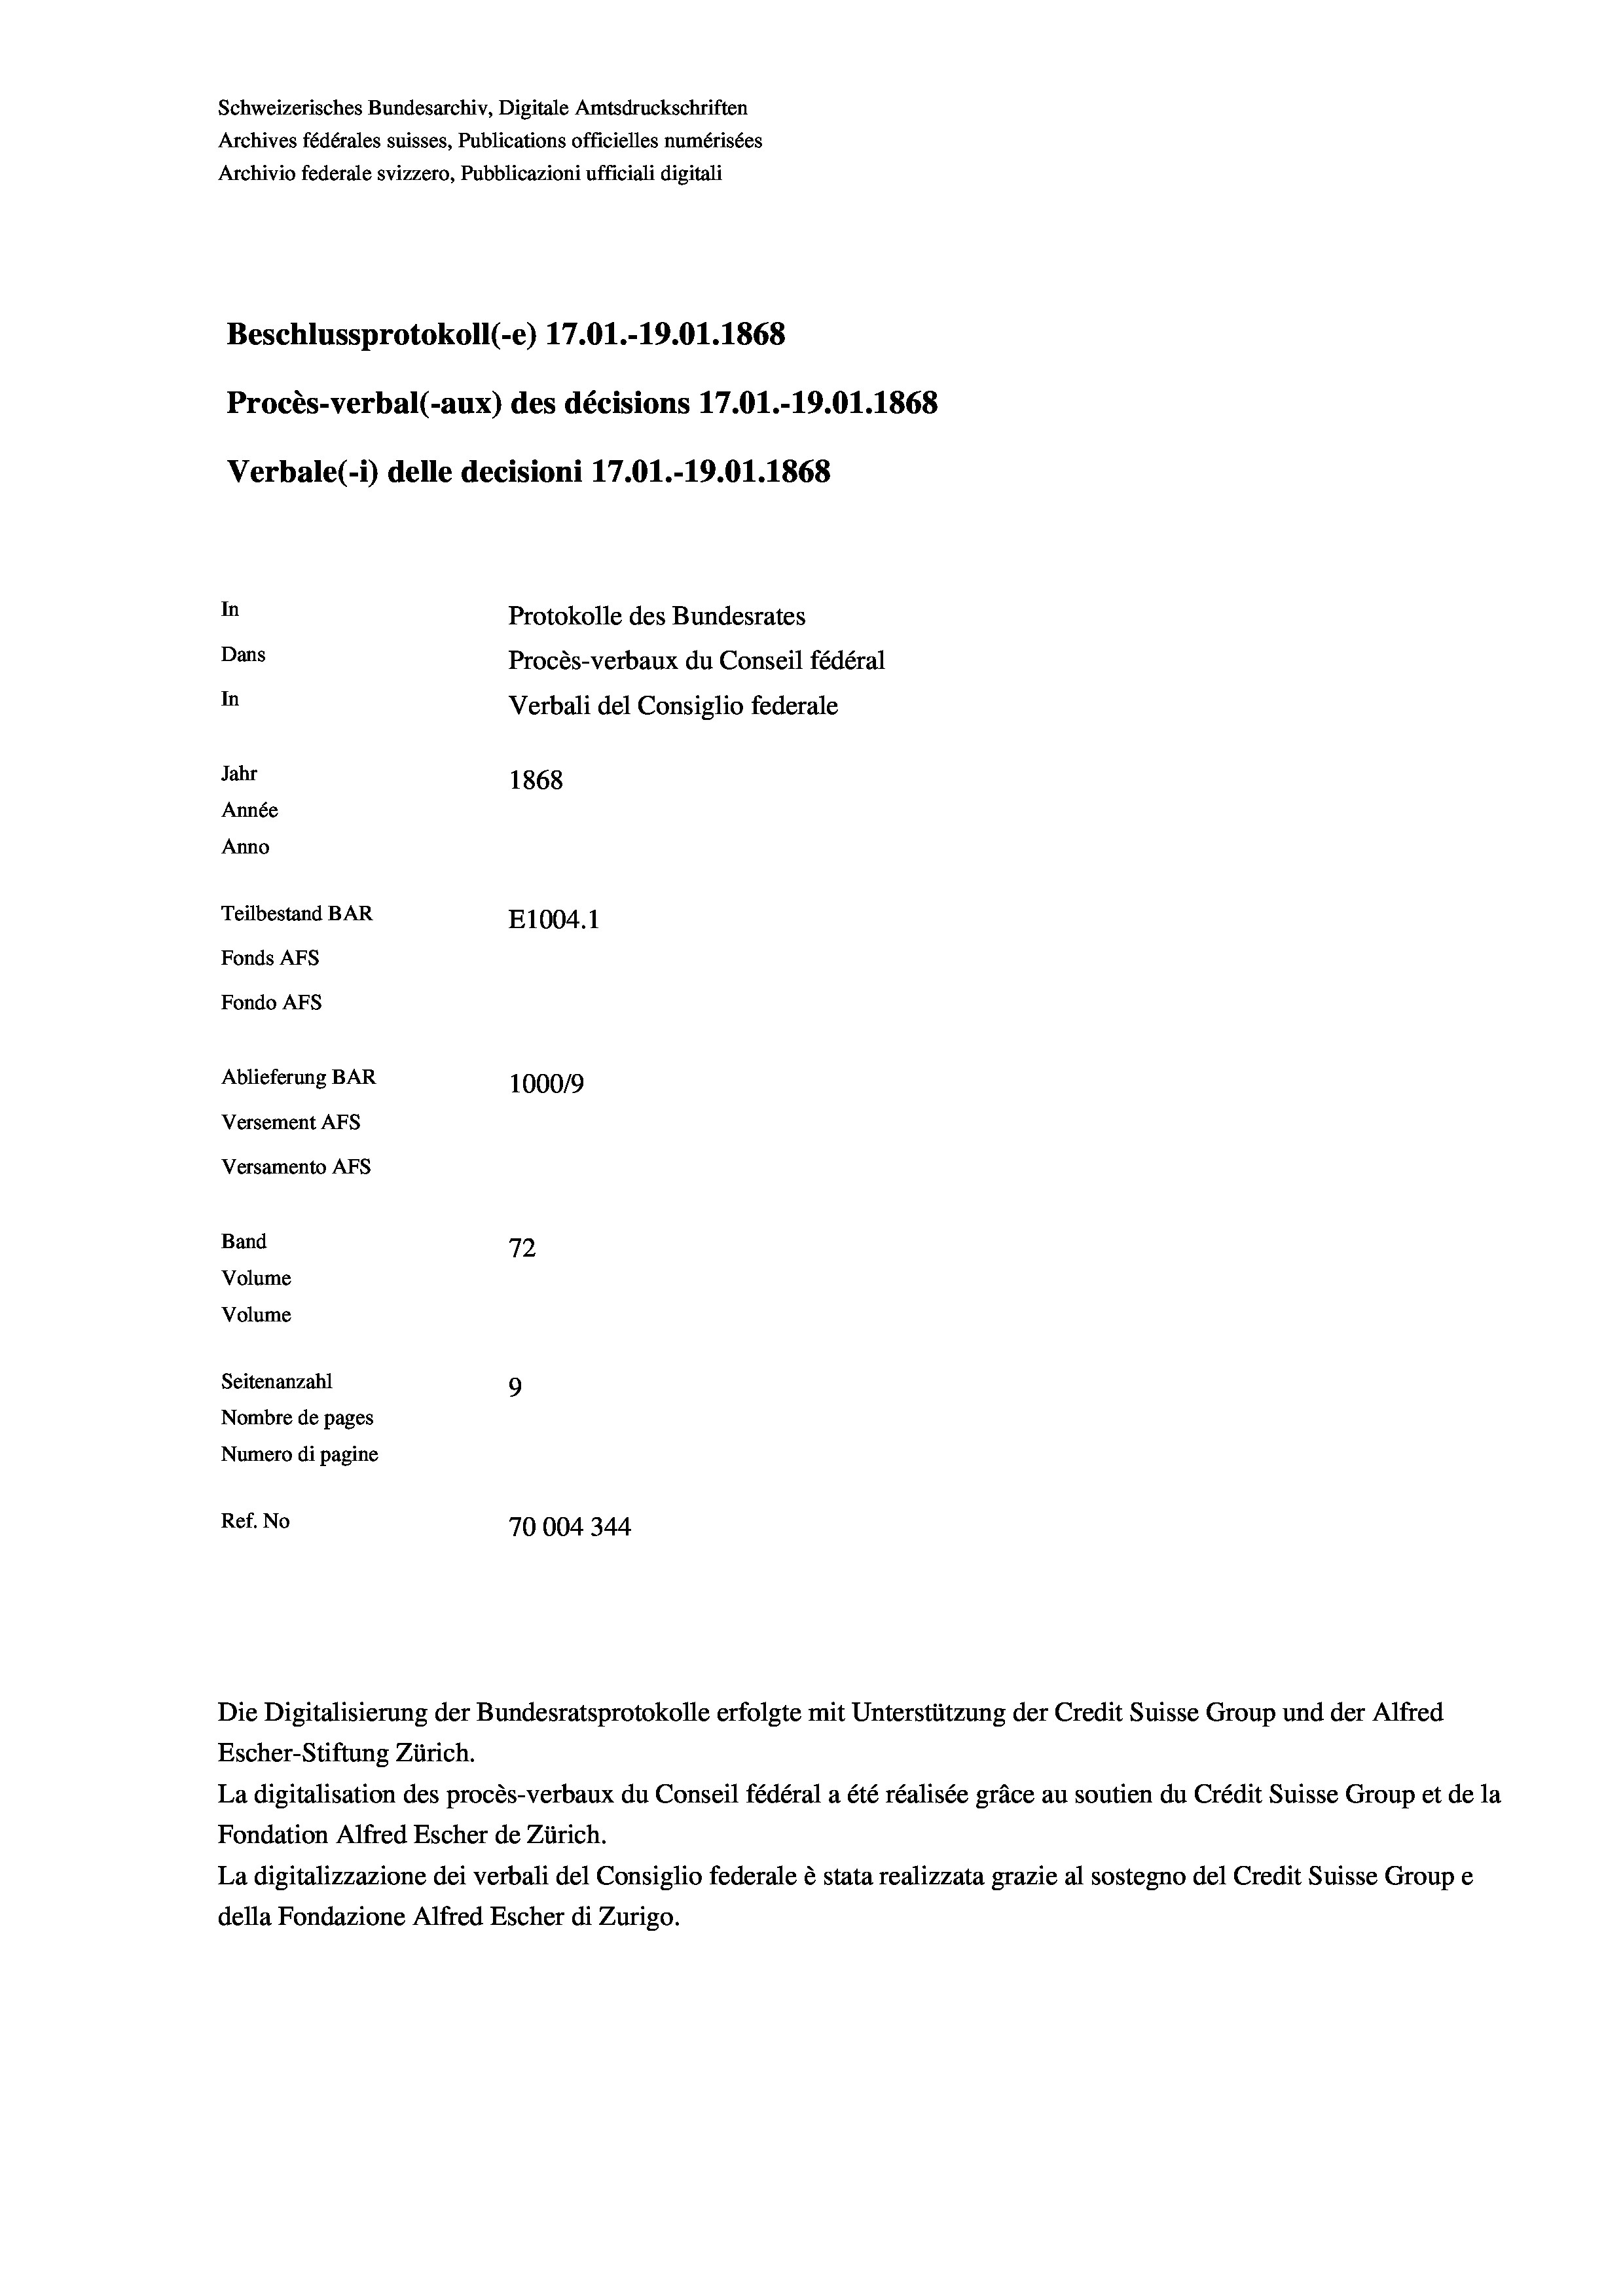
Schweizerisches Bundesarchiv, Digitale Amtsdruckschriften
Archives fédérales suisses, Publications officielles numérisées
Archivio federale svizzero, Pubblicazioni ufficiali digitali
Beschlussprotokoll (-e) 17.01.-19.01. 1868
Procès-verbal (-aux) des décisions 17.01.-19.01. 1868
Verbale(-*) delle decisioni 17.01.-19.01. 1868
In
Protokolle des Bundesrates
Dans
Procès-verbaux du Conseil fédéral
In
Verbali del Consiglio federale
Jahr
1868
Année
Anno
Teilbestand BAR
E1004.1
Fonds AFs
Fondo AFS
Ablieferung BAR
100019
Versement As
Versamento AFs
Band
72
Volume
Volume

Seitenanzahl
9
Nombre de pages
Numero di pagine
Ref. No
70004344

La digitalisation des procès-verbaux du Conseil fédéral a été réalisée gräce au soutien du Crédit Suisse Group et de la
Fondation Alfred Escher de Zürich.
La digitalizzazione dei verbali del Consiglio federale è stata realizzata grazie al sostegno del Credit Suisse Groupe
della Fondazione Alfred Escher di Zurigo.

Die Digitalisierung der Bundesratsprotokolle erfolgte mit Unterstützung der Credit Suisse Group und der Alfred
Escher-Stiftung Zürich.